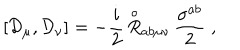
\left[ { \mathcal D } _ { \mu } , { \mathcal D } _ { \nu } \right] = - \frac { i } { 2 } \, { \stackrel { \circ } { R } } { } _ { a b \mu \nu } \, \frac { \sigma ^ { a b } } { 2 } \; ,